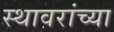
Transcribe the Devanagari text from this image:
स्थावरांच्या